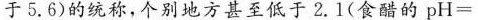
于5.6)的统称，个别地方甚至低于2.1(食醋的pH=